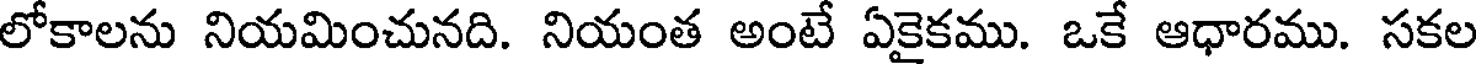
లోకాలను నియమించునది. నియంత అంటే ఏకైకము. ఒకే ఆధారము. సకల